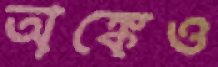
অঙ্কেও